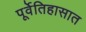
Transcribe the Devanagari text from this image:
पूर्वेतिहासात